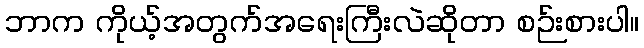
ဘာက ကိုယ့်အတွက်အရေးကြီးလဲဆိုတာ စဉ်းစားပါ။